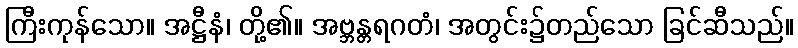
ကြီးကုန်သော။ အဋ္ဌီနံ၊ တို့၏။ အဗ္ဘန္တရဂတံ၊ အတွင်း၌တည်သော ခြင်ဆီသည်။